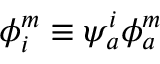
\phi _ { i } ^ { m } \equiv \psi _ { a } ^ { i } \phi _ { a } ^ { m }